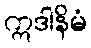
ဣဒါနိမံ